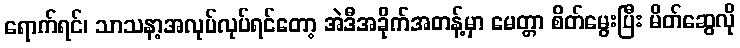
ရောက်ရင်၊ သာသနာ့အလုပ်လုပ်ရင်တော့ အဲဒီအခိုက်အတန့်မှာ မေတ္တာ စိတ်မွေးပြီး မိတ်ဆွေလို